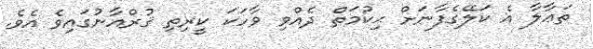
ތަޢާލާ އެ ކަލޭގެފާނަށް ޙިކުމަތް ދެއްވި ވާހަކަ ކީރިތި ޤުރްއާނުގައިވެ އެވެ.